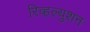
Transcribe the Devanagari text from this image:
रिव्हल्युशन